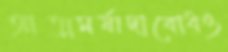
আত্মমর্যাদাবোধও